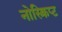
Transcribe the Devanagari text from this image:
नोस्क्रिप्ट